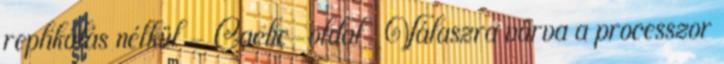
replikálás nélkül – Cache-oldal ● Válaszra várva a processzor